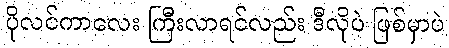
ပိုလင်ကာလေး ကြီးလာရင်လည်း ဒီလိုပဲ ဖြစ်မှာပဲ